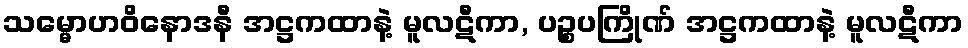
သမ္မောဟဝိနောဒနီ အဋ္ဌကထာနဲ့ မူလဋီကာ, ပဉ္စပကြိုဏ် အဋ္ဌကထာနဲ့ မူလဋီကာ